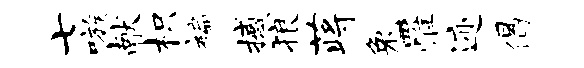
七嗾献枳褊撼狼蒋兔罹迹偈